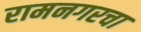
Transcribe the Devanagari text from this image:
रामनगरचा